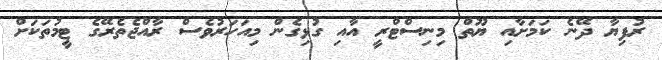
ރުފިޔާ ދޭނެ ކަމަށާއި ޔޫތް މިނިސްޓްރީ އާއި ގުޅިގެން މިއަަހަރުވެސް ރާއްޖެތެރޭގެ ޓީމުތަކަށް